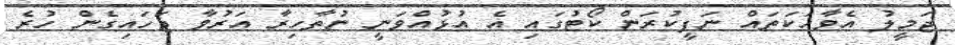
ޖަމީލު އެވާހަކަތައް ނަފީކުރަން ކޯޓުގައި އެ އުޅުއްވަނީ ނުތާހިރާ އަރުވާ ޖަހައިގެން ހުރެ